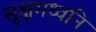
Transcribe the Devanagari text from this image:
सूक्षमध्वनि